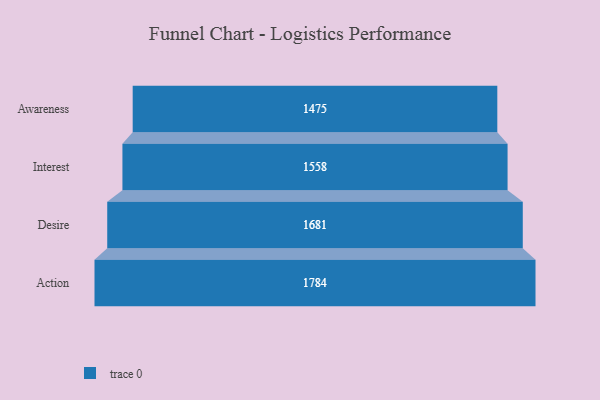
{"axis": {"x": "Stage", "y": "Value"}, "legend": [""], "data": [{"x": "Awareness", "y": 1475.0, "type": ""}, {"x": "Interest", "y": 1558.0, "type": ""}, {"x": "Desire", "y": 1681.0, "type": ""}, {"x": "Action", "y": 1784.0, "type": ""}]}